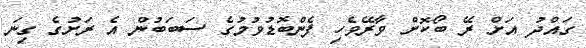
ގައްދު އަށް ރޭ ބޯކޮށް ވާރޭވެހި ފެންބޮޑުވުމުގެ ސަބަބުން އެ ރަށުގެ ގިނަ